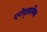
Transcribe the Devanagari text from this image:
एरोद्य्नामिक